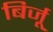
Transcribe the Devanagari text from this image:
बिर्जू